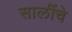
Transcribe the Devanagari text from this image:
सालींचे